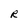
Character: R